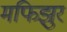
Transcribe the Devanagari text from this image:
मफिझुर